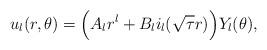
LaTeX: \begin{align*}u_l(r,\theta)=\Big(A_l r^l+B_l i_l(\sqrt{\tau}r)\Big)Y_l(\theta),\end{align*}